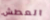
العطش